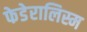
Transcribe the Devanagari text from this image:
फेडेरालिस्म